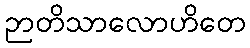
ဉာတိသာလောဟိတေ